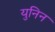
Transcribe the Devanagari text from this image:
युनिन